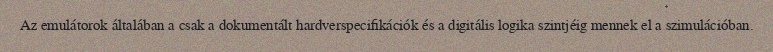
Az emulátorok általában a csak a dokumentált hardverspecifikációk és a digitális logika szintjéig mennek el a szimulációban.